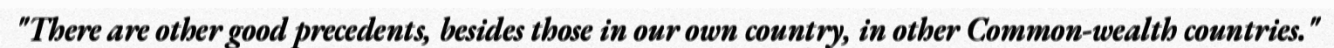
"There are other good precedents, besides those in our own country, in other Common-wealth countries."